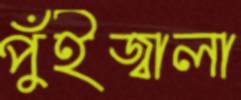
পুঁইজ্বালা